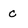
Character: c